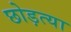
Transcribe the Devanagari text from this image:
छोड़त्या